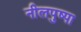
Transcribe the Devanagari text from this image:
नीलपुष्पा